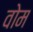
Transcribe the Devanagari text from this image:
वोम